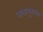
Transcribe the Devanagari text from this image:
सभामुखका